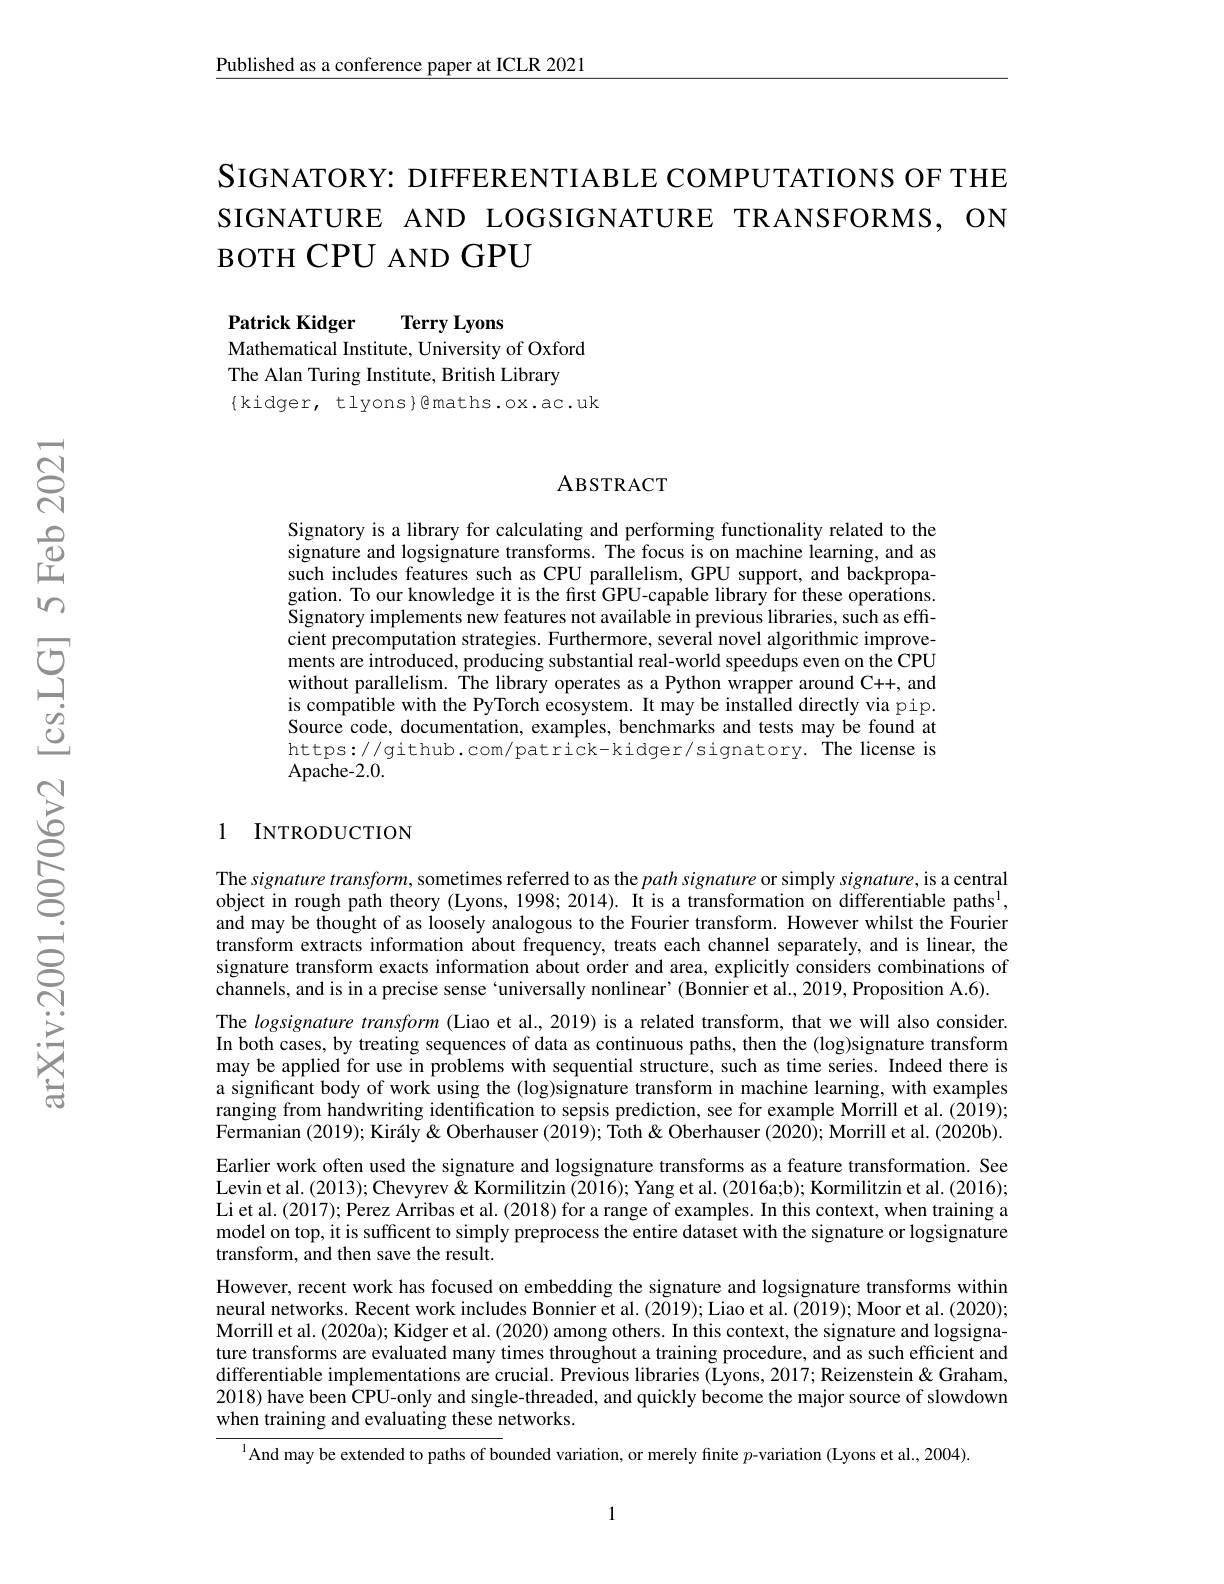
$\underline{\text{Published as a conference paper at ICLR 2021}}$

SIGNATORY: DIFFERENTIABLE COMPUTATIONS OF THE SIGNATURE AND LOGSIGNATURE TRANSFORMS, ON BOTH CPU AND GPU

Patrick Kidger
Terry Lyons
Mathematical Institute, University of Oxford
The Alan Turing Institute, British Library
$\{$kidger, tlyons}@maths.ox.ac.uk

### ABSTRACT

Signatory is a library for calculating and performing functionality related to the signature and logsignature transforms. The focus is on machine learning, and as such includes features such as CPU parallelism, GPU support, and backpropagation. To our knowledge it is the first GPU-capable library for these operations. Signatory implements new features not available in previous libraries, such as efficient precomputation strategies. Furthermore, several novel algorithmic improvements are introduced, producing substantial real-world speedups even on the CPU without parallelism. The library operates as a Python wrapper around C++, and is compatible with the PyTorch ecosystem. It may be installed directly via pip. Source code, documentation, examples, benchmarks and tests may be found at https://github.com/patrick-kidger/signatory. The license is Apache-2.0.

## 1 INTRODUCTION

The signature transform, sometimes referred to as the $path\textit{signature or simply signature, is a central}$ object in rough path theory (Lyons, 1998; 2014). It is a transformation on differentiable paths$^{1}$, and may be thought of as loosely analogous to the Fourier transform. However whilst the Fourier transform extracts information about frequency, treats each channel separately, and is linear, the signature transform exacts information about order and area, explicitly considers combinations of channels, and is in a precise sense `universally nonlinear' (Bonnier et al., 2019, Proposition A.6). The logsignature transform (Liao et al., 2019) is a related transform, that we will also consider. In both cases, by treating sequences of data as continuous paths, then the (log)signature transform may be applied for use in problems with sequential structure, such as time series. Indeed there is a significant body of work using the (log)signature transform in machine learning, with examples ranging from handwriting identification to sepsis prediction, see for example Morrill et al. (2019); Fermanian (2019); Király & Oberhauser (2019); Toth & Oberhauser (2020); Morrill et al. (2020b). Earlier work often used the signature and logsignature transforms as a feature transformation. See Levin et al. (2013); Chevyrev & Kormilitzin (2016); Yang et al. (2016a;b); Kormilitzin et al. (2016); Li et al. (2017); Perez Arribas et al. (2018) for a range of examples. In this context, when training a model on top, it is sufficent to simply preprocess the entire dataset with the signature or logsignature transform, and then save the result.
However, recent work has focused on embedding the signature and logsignature transforms within neural networks. Recent work includes Bonnier et al. (2019); Liao et al. (2019); Moor et al. (2020); Morrill et al. (2020a); Kidger et al. (2020) among others. In this context, the signature and logsignature transforms are evaluated many times throughout a training procedure, and as such efficient and differentiable implementations are crucial. Previous libraries (Lyons, 2017; Reizenstein & Graham, 2018) have been CPU-only and single-threaded, and quickly become the major source of slowdown when training and evaluating these networks.
$^{1}$And may be extended to paths of bounded variation, or merely finite $p$-variation (Lyons et al., 2004).

1